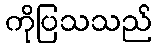
ကိုပြသသည်